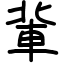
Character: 軰